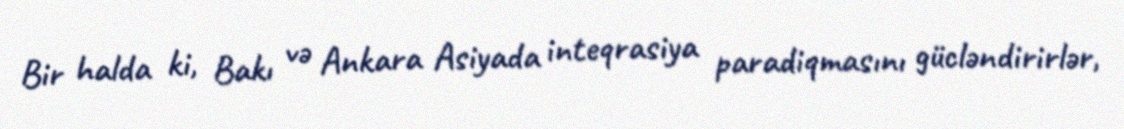
Bir halda ki, Bakı və Ankara Asiyada inteqrasiya paradiqmasını gücləndirirlər,